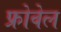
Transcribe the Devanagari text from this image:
फ्रोवेल